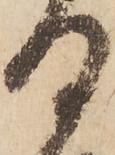
日